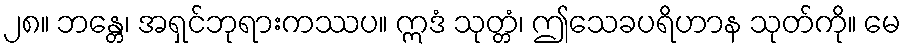
၂၈။ ဘန္တေ၊ အရှင်ဘုရားကဿပ။ ဣဒံ သုတ္တံ၊ ဤသေခပရိဟာန သုတ်ကို။ မေ